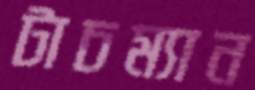
টাচম্যান